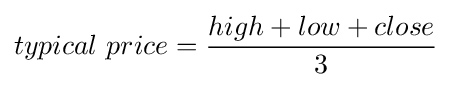
typical\ price={high+low+close \over 3}